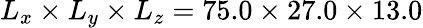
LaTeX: L_{x}\times L_{y}\times L_{z}=75.0\times 27.0\times 13.0